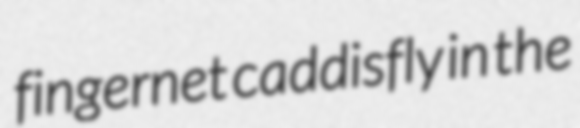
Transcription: fingernet caddisfly in the